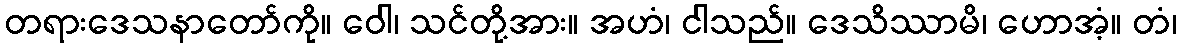
တရားဒေသနာတော်ကို။ ဝေါ၊ သင်တို့အား။ အဟံ၊ ငါသည်။ ဒေသိဿာမိ၊ ဟောအံ့။ တံ၊